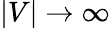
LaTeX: |V|\to\infty